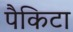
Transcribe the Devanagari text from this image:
पैकिटा